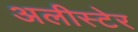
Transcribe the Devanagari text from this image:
अलीस्टेर